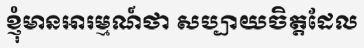
ខ្ញុំមានអារម្មណ៍ថា សប្បាយចិត្តដែល